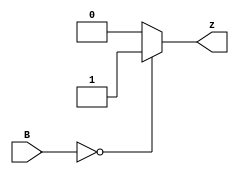
module comp(B, z);
  input [15:0]B;
  output z;
  reg tmp;
  
  initial tmp = 0;
  assign z = tmp;

    always@(*)
      tmp = (B==0) ? 1'b1 : 1'b0;

endmodule